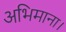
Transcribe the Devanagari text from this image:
अभिमाना।